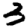
Digit: 3